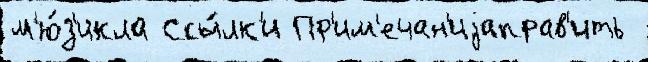
м'ю́з'икла Ссы́лк'и Пр'им'ечан'иjаправ'ить